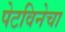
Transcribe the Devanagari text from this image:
पेटविनेचा